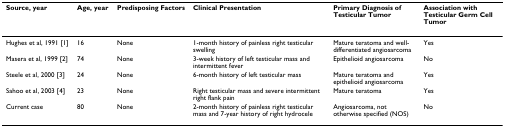
<table><thead><tr><td><b>Source, year</b></td><td><b>Age, year</b></td><td><b>Predisposing Factors</b></td><td><b>Clinical Presentation</b></td><td><b>Primary Diagnosis of Testicular Tumor</b></td><td><b>Association with Testicular Germ Cell Tumor</b></td></tr></thead><tbody><tr><td>Hughes et al, 1991 [1]</td><td>16</td><td>None</td><td>1-month history of painless right testicular swelling</td><td>Mature teratoma and well-differentiated angiosarcoma</td><td>Yes</td></tr><tr><td>Masera et al, 1999 [2]</td><td>74</td><td>None</td><td>3-week history of left testicular mass and intermittent fever</td><td>Epithelioid angiosarcoma</td><td>No</td></tr><tr><td>Steele et al, 2000 [3]</td><td>24</td><td>None</td><td>6-month history of left testicular mass</td><td>Mature teratoma and epithelioid angiosarcoma</td><td>Yes</td></tr><tr><td>Sahoo et al, 2003 [4]</td><td>23</td><td>None</td><td>Right testicular mass and severe intermittent right flank pain</td><td>Mature teratoma</td><td>Yes</td></tr><tr><td>Current case</td><td>80</td><td>None</td><td>2-month history of painless right testicular mass and 7-year history of right hydrocele</td><td>Angiosarcoma, not otherwise specified (NOS)</td><td>No</td></tr></tbody></table>